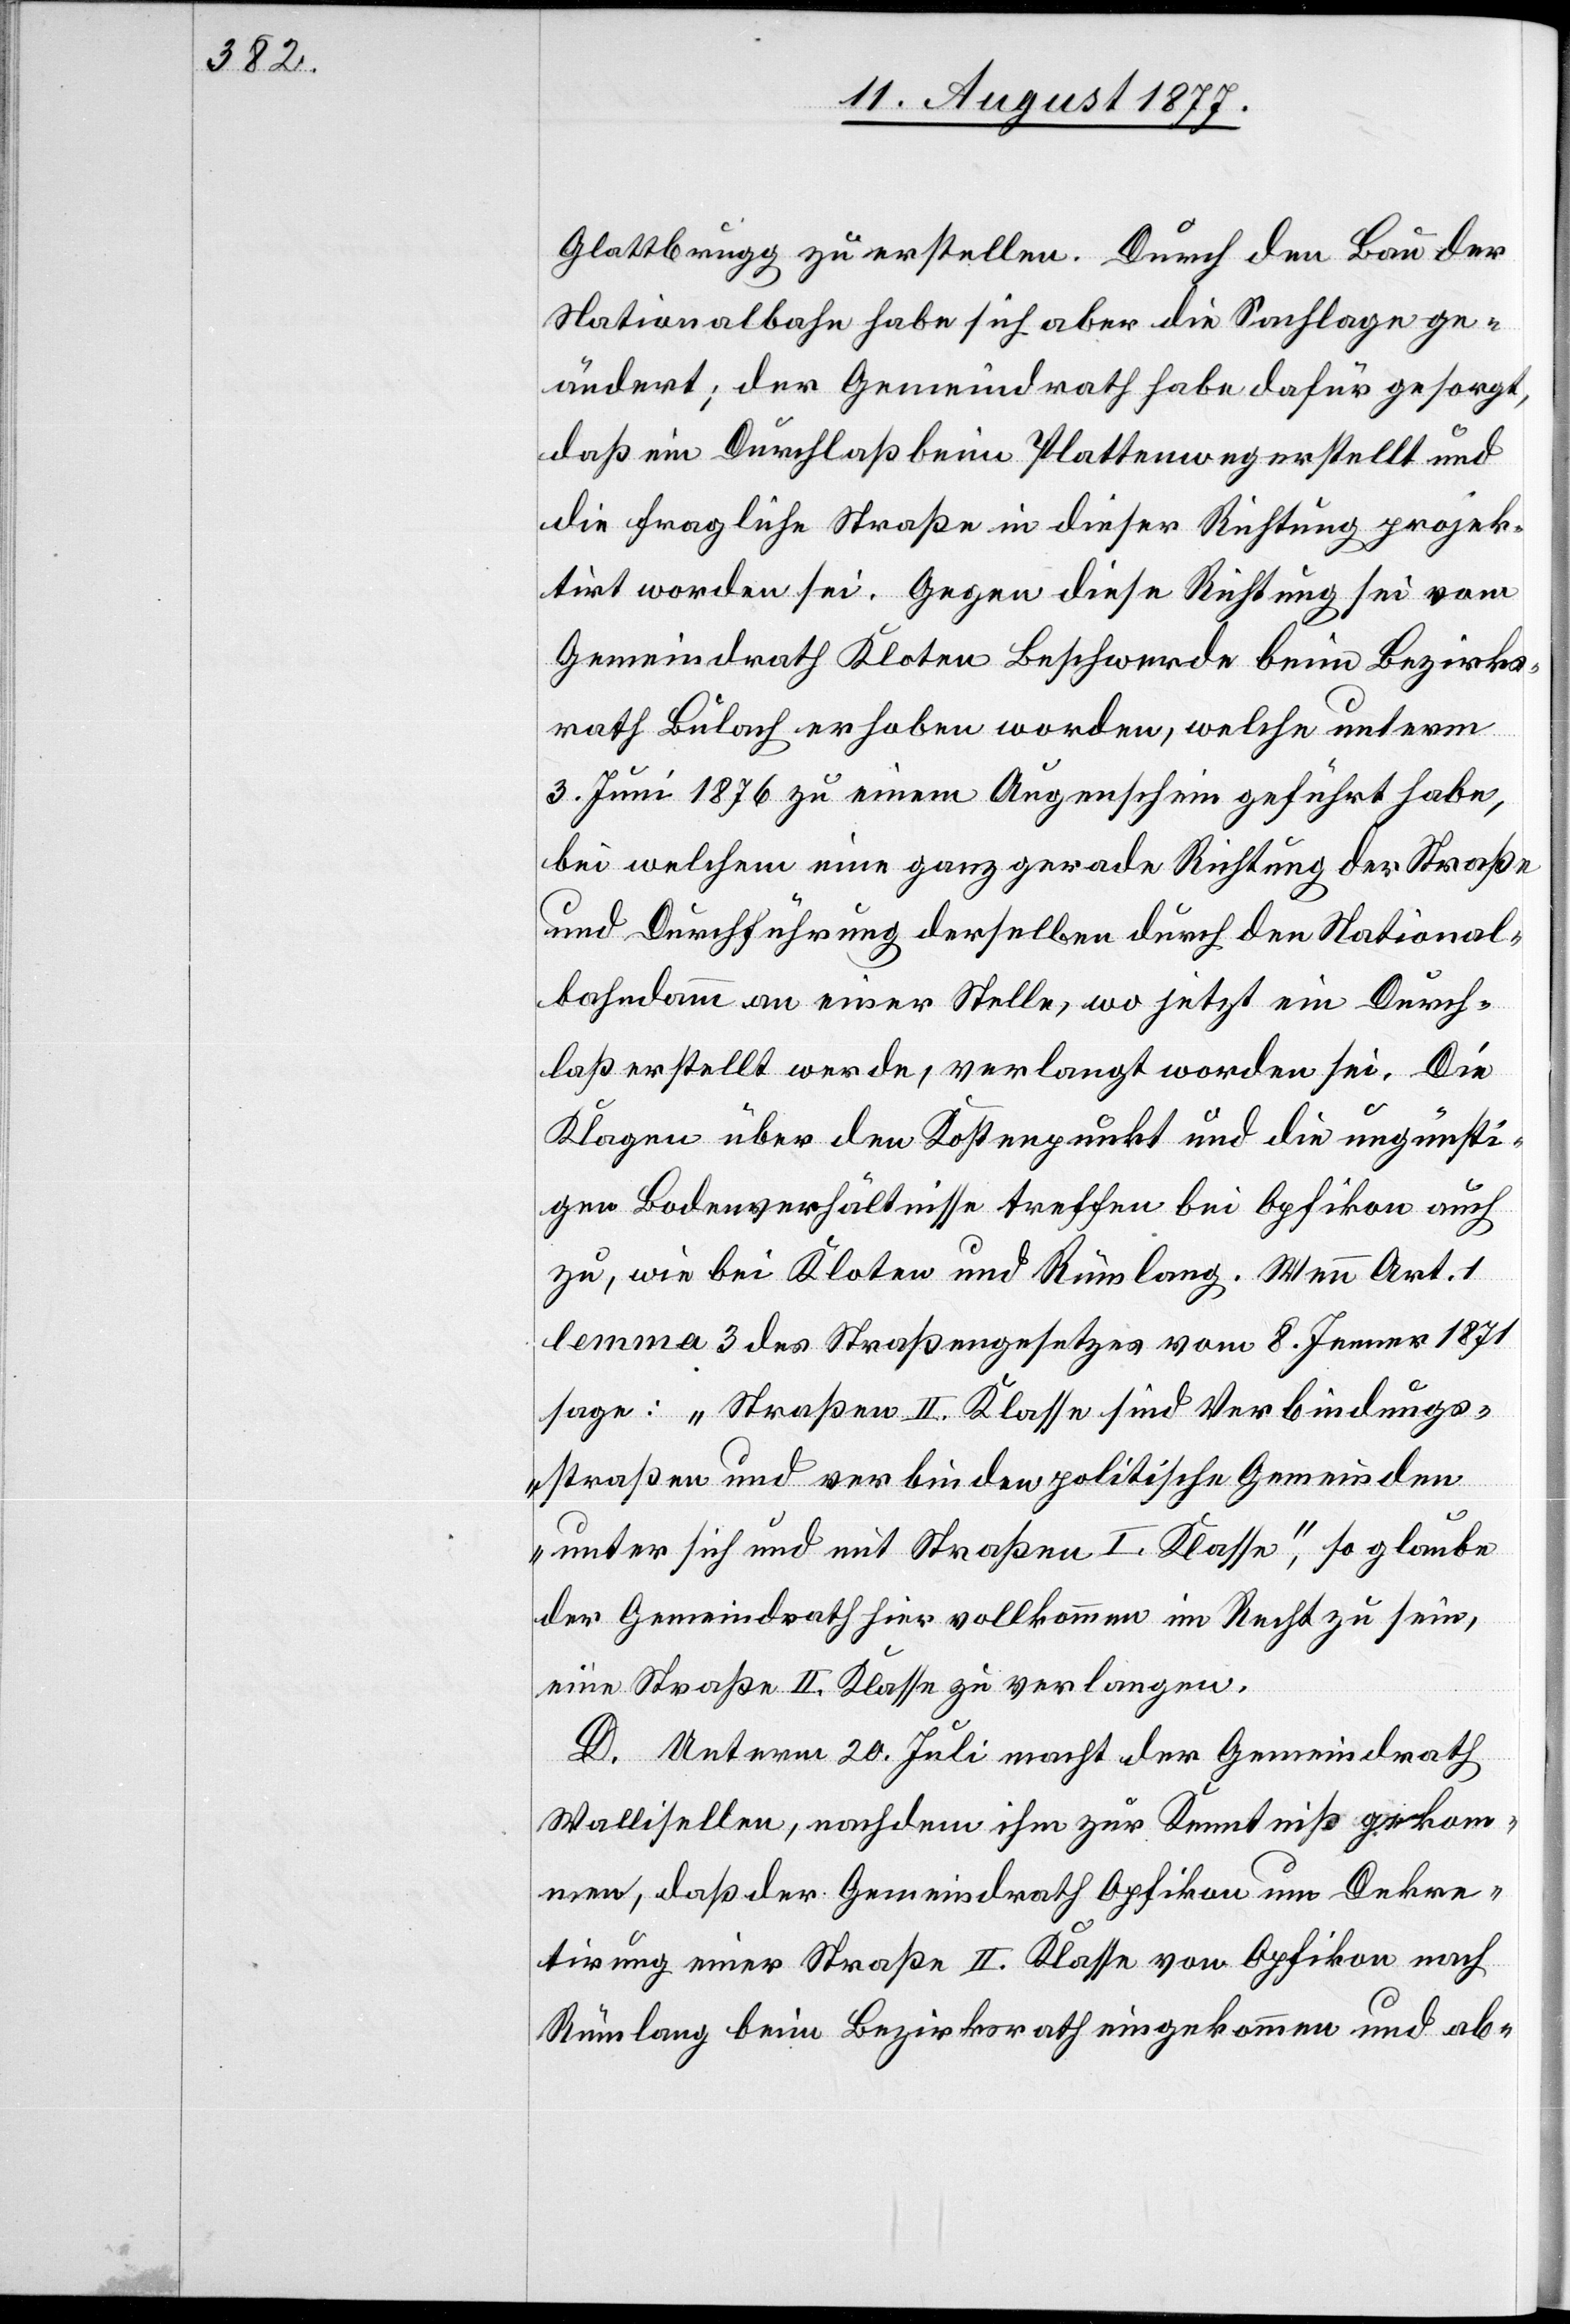
Glattbrugg zu erstellen. Durch den Bau der
Nationalbahn habe sich aber die Sachlage ge¬
ändert; der Gemeindrath habe dafür gesorgt,
daß ein Durchlaß beim Plattenweg erstellt und
die fragliche Straße in dieser Richtung projek¬
tirt worden sei. Gegen diese Richtung sei vom
Gemeindrath Kloten Beschwerde beim Bezirks¬
rath Bülach erhoben worden, welche unterm
3. Juni 1876 zu einem Augenschein geführt habe,
bei welchem eine ganz gerade Richtung der Straße
und Durchführung derselben durch den National¬
bahndamm an einer Stelle, wo jetzt ein Durch¬
laß erstellt werde, verlangt worden sei. Die
Klagen über den Kostenpunkt und die ungünsti¬
gen Bodenverhältnisse treffen bei Opfikon auch
zu, wie bei Kloten und Rümlang. Wenn Art. 1
lemma 3 des Straßengesetzes vom 8. Jenner 1871
sage: „Straßen II. Klasse sind Verbindungs¬
straßen und verbinden politische Gemeinden
unter sich und mit Straßen I. Klasse“, so glaube
der Gemeindrath hier vollkommen im Recht zu sein,
eine Straße II. Klasse zu verlangen.
D. Unterm 20. Juli macht der Gemeindrath
Wallisellen, nachdem ihm zur Kenntniß gekom¬
men, daß der Gemeindrath Opfikon um Dekre¬
tirung einer Straße II. Klasse von Opfikon nach
Rümlang beim Bezirksrath eingekommen und ab-